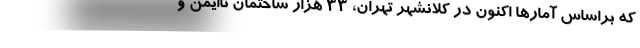
که براساس آمارها اکنون در کلانشهر تهران، ۳۳ هزار ساختمان ناایمن و